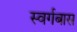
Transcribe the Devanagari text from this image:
स्वर्गबास